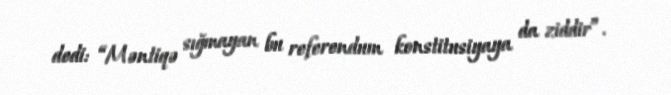
dedi: “Məntiqə sığmayan bu referendum konstitusiyaya da ziddir”.